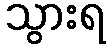
သွားရ